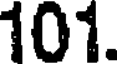
101.